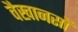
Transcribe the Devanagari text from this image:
वैखानसों